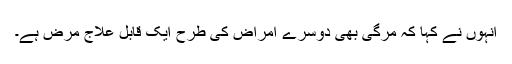
انہوں نے کہا کہ مرگی بھی دوسرے امراض کی طرح ایک قابل علاج مرض ہے۔